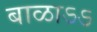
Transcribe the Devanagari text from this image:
बाळाऽऽ